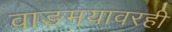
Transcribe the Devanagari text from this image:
वाङमयावरही